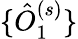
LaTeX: \{ \hat{O}_{1}^{(s)}\}